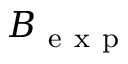
B _ { \mathrm { ~ e ~ x ~ p ~ } }